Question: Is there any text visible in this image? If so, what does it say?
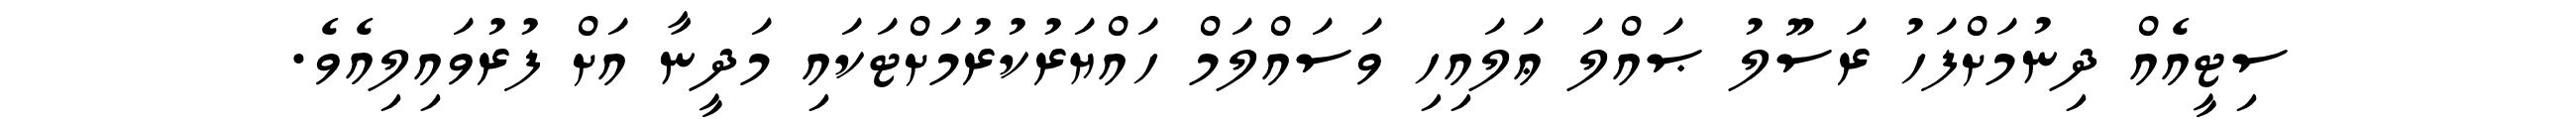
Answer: ސިޓީއެއް ދިނުމަށްފަހު ރަސޫލު ޞައްލަ ޢަލައިހި ވަސައްލަމް ހައްޔަރުކުރުމަށްޓަކައި މަދީނާ އަށް ފުރުވައިލިއެވެ.